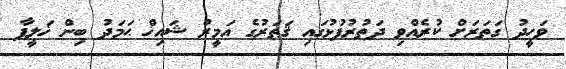
ވަހީދު ގަތަރަށް ކުރެއްވި ދަތުރުފުޅުގައި ޤަޠަރުގެ އަމީރު ޝައިޚް ޙަމަދު ބިން ޚަލީފާ